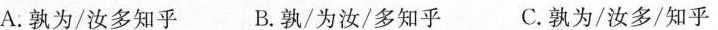
A.孰为/汝多知乎B.孰/为汝/多知乎C.孰为/汝多/知乎